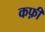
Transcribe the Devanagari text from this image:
कफ़ी